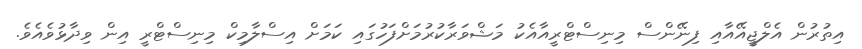
އިތުރުން އެލްޖީއޭއާއި ފިނޭންސް މިނިސްޓްރީއާއެކު މަޝްވަރާކުރުމަށްފަހުގައި ކަމަށް އިސްލާމިކް މިނިސްޓްރީ އިން ވިދާޅުވެއެވެ.